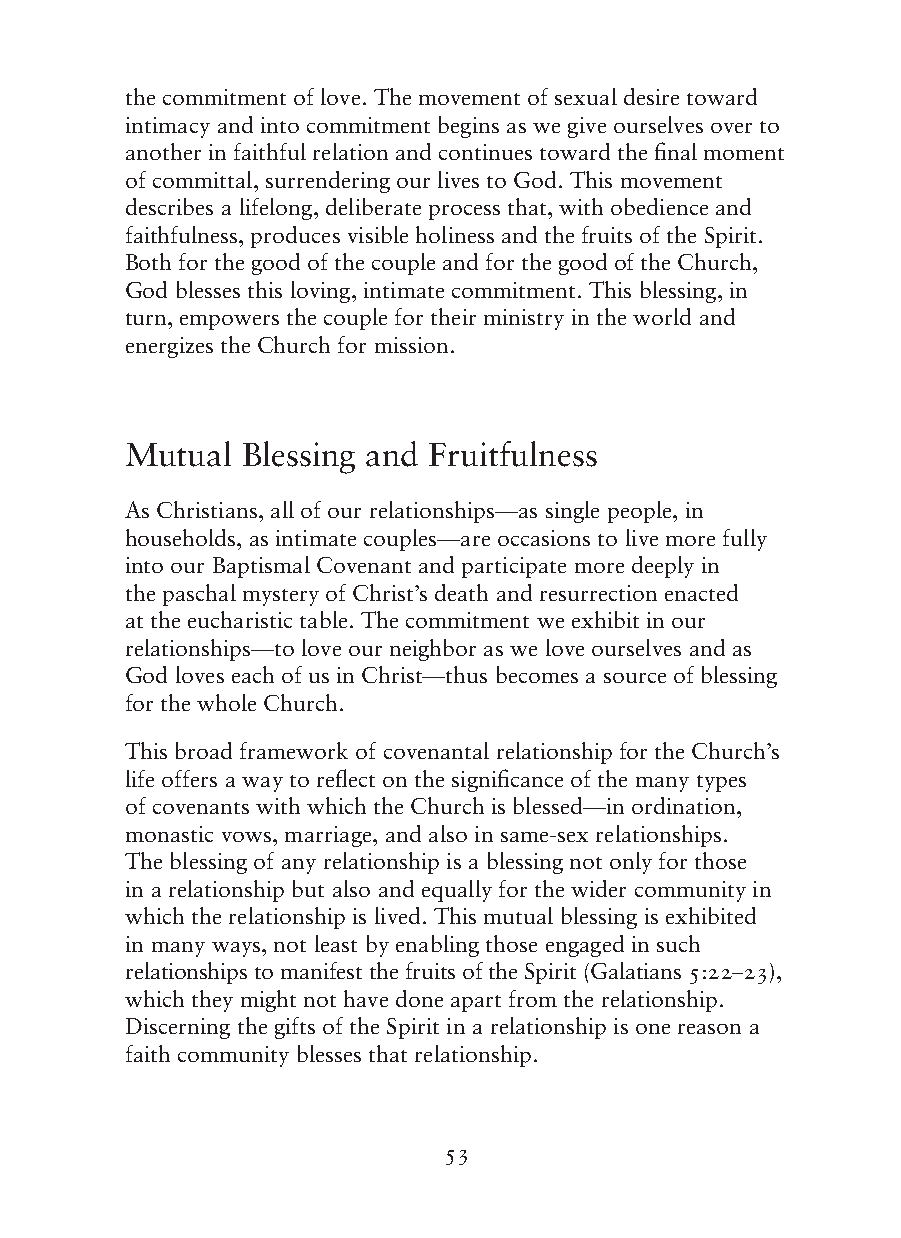
the commitment of love. The movement of sexual desire toward
 intimacy and into commitment begins as we give ourselves over to
 another in faithful relation and continues toward the final moment
 of committal, surrendering our lives to God. This movement
 describes a lifelong, deliberate process that, with obedience and
 faithfulness, produces visible holiness and the fruits of the Spirit.
 Both for the good of the couple and for the good of the Church,
 God blesses this loving, intimate commitment. This blessing, in
 turn, empowers the couple for their ministry in the world and
 energizes the Church for mission.
 Mutual  Blessing and Fruitfulness
 As Christians, all of our relationships—as single people, in
 households, as intimate couples—are occasions to live more fully
 into our Baptismal Covenant and participate more deeply in
 the paschal mystery of Christ’s death and resurrection enacted
 at the eucharistic table. The commitment we exhibit in our
 relationships—to love our neighbor as we love ourselves and as
 God loves each of us in Christ—thus becomes a source of blessing
 for the whole Church.
 This broad framework of covenantal relationship for the Church’s
 life offers a way to reflect on the significance of the many types
 of covenants with which the Church is blessed—in ordination,
 monastic vows, marriage, and also in same-sex relationships.
 The blessing of any relationship is a blessing not only for those
 in a relationship but also and equally for the wider community in
 which the relationship is lived. This mutual blessing is exhibited
 in many ways, not least by enabling those engaged in such
 relationships to manifest the fruits of the Spirit (Galatians 5:22–23),
 which they might not have done apart from the relationship.
 Discerning the gifts of the Spirit in a relationship is one reason a
 faith community blesses that relationship.
 53